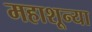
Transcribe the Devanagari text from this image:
महाशून्या